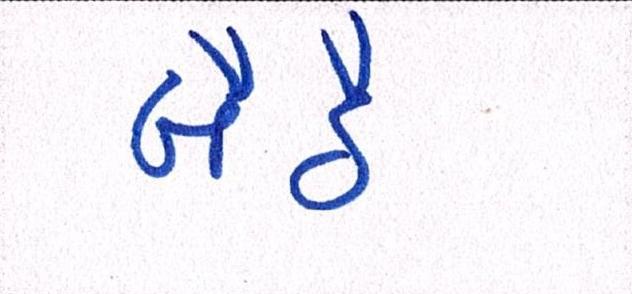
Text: બૈઠે